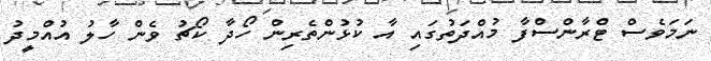
ނަމަވެސް ޓްރާންސްފާ މުއްދަތުގައި އާ ކުޅުންތެރިން ހޯދާ ކޯޗު ވެން ހާލު އުއްމީދު